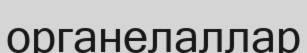
органелаллар